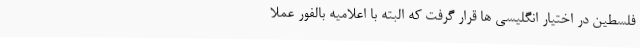
فلسطین در اختیار انگلیسی ها قرار گرفت که البته با اعلامیه بالفور عملا